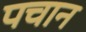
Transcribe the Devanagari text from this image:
पचान